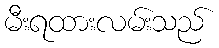
မီးရထားလမ်းသည်